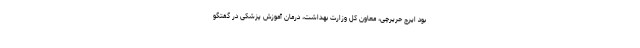
بود ایرج حریرچی، معاون کل وزارت بهداشت، درمان آموزش پزشکی در گفتگو